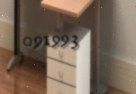
091993